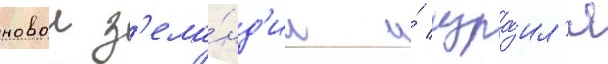
новои з'ела́нд'ии и́ изра́ил'я